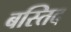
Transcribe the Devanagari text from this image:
बस्तिद